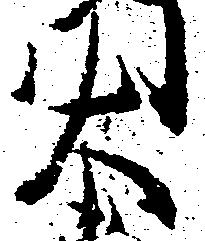
大